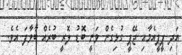
އަދި ޕީޕީއެމާއި ޖޭޕީ ގުޅިގެން ވަނީ ބޮޑު ލޮރީ ބުރެއް ބާވާފަ އެވެ.